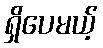
ရှိပေမယ့်